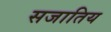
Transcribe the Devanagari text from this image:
सजातिय